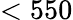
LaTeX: <550